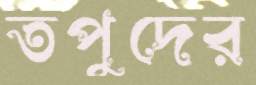
তপুদের